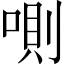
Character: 𠷌